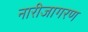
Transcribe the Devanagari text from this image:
नारीजागरण